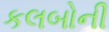
કલબોની